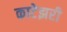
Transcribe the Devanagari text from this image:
काटेझरी